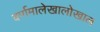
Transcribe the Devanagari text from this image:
वर्णमालेखालोखाल